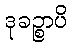
ဒုခဉ္စာပိ